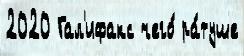
2020 Гал'ифакс чего́ ра́туше